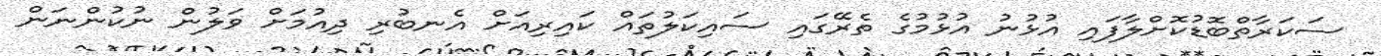
ސަކަރާތްބޮޑުކޮށްލާފައި އުޅުނު އުޅުމުގެ ތެރޭގައި ސައިކަލުތައް ކައިރިއަށް އެނބުރި ދިއުމަށް ވަލުން ނުކުންނަން